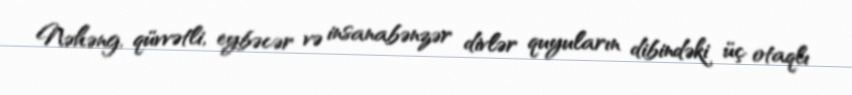
Nəhəng, qüvvətli, eybəcər və insanabənzər divlər quyuların dibindəki üç otaqlı